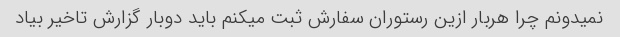
نمیدونم چرا هربار ازین رستوران سفارش ثبت میکنم باید دوبار گزارش تاخیر بیاد